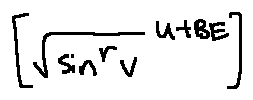
[ \sqrt { \sin ^ { r } v } ^ { u + B E } ]